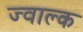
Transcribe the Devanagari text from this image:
ज्वाल्क